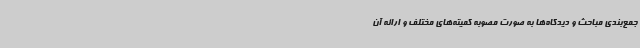
جمع‌بندی مباحث و دیدگاه‌ها به صورت مصوبه کمیته‌های مختلف و ارائه آن